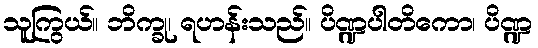
သူကြွယ်။ ဘိက္ခု၊ ရဟန်းသည်။ ပိဏ္ဍပါတိကော၊ ပိဏ္ဍ